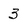
Character: 3